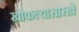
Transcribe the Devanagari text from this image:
खोकल्यासारखे